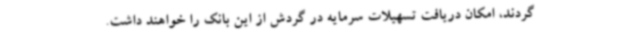
گردند، امکان دریافت تسهیلات سرمایه در گردش از این بانک را خواهند داشت.